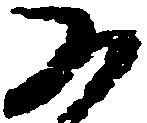
為